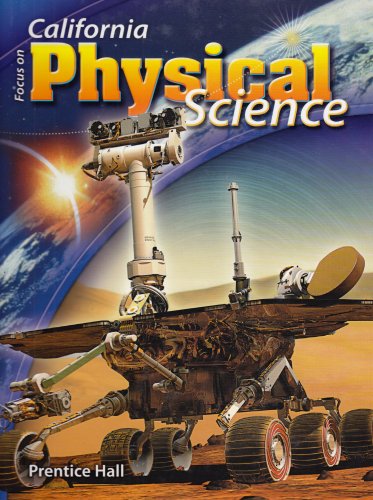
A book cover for Focus on Physical Science California Edition (California Science Explorer); David V. Frank Ph.D; Teen & Young Adult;